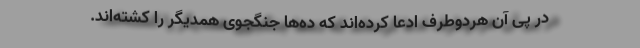
در پی آن هردوطرف ادعا کرده‌اند که ده‌ها جنگجوی همدیگر را کشته‌اند.